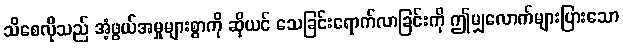
သိစေလိုသည် အံ့ဖွယ်အမှုများစွာကို ဆိုယင် သေခြင်းရောက်လာခြင်းကို ဤမျှလောက်များပြားသော